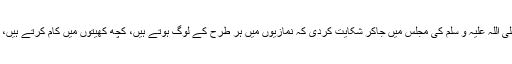
اگلے دن انھوں نے اللہ کے رسول صلی اللہ علیہ و سلم کی مجلس میں جاکر شکایت کردی کہ نمازیوں میں ہر طرح کے لوگ ہوتے ہیں، کچھ کھیتوں میں کام کرتے ہیں، کچھ کی دوسری مشغولیات ہوتی ہیں۔